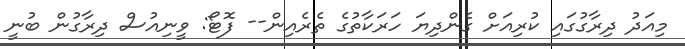
މިއަދު ދިރާގުގައި ކުރިއަށް ގެންދިޔަ ހަރަކާތުގެ ތެރެއިން-- ފޮޓޯ: ވީނިއުސް ދިރާގުން ބުނީ